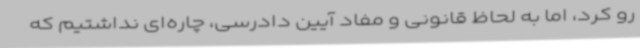
رو کرد، اما به لحاظ قانونی و مفاد آیین دادرسی، چاره‌ای نداشتیم که